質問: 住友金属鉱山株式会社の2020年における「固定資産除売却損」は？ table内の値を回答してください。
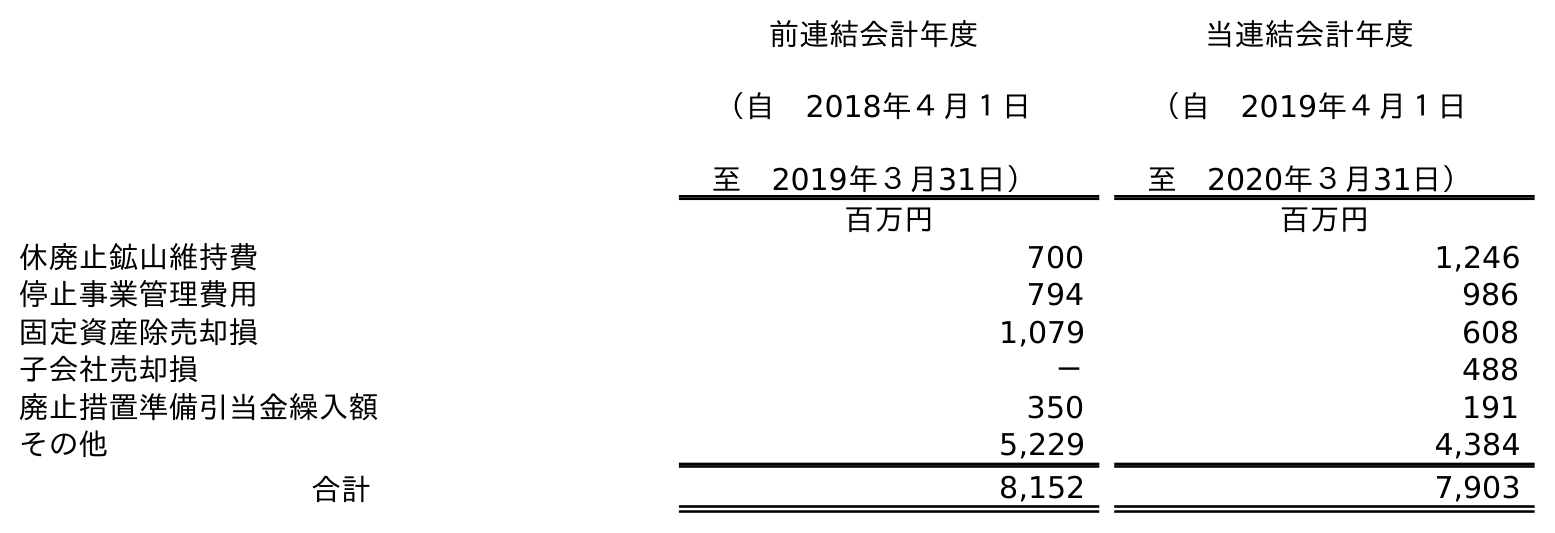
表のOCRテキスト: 前連結会計年度 （自 2018年４月１日 至 2019年３月31日） 当連結会計年度 （自 2019年４月１日 至 2020年３月31日） 百万円 百万円 休廃止鉱山維持費 700 1,246 停止事業管理費用 794 986 固定資産除売却損 1,079 608 子会社売却損 － 488 廃止措置準備引当金繰入額 350 191 その他 5,229 4,384 合計 8,152 7,903
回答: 608